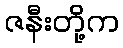
ဇနီးတို့က